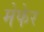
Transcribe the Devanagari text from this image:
मेफेर